system: You are a helpful assistant.
user:
Analyze the provided spectrum to determine if it is a **S-type Star**.

- **Key Indicators for S-type Star:**

    - **(Overall Spectrum Shape):** The first and most obvious characteristic is the overall continuum (the "baseline" shape). It is **extremely "red-sloping,"** meaning the flux (light intensity) is very low on the left side (blue, ~4000-4500 Å) and rises steeply and continuously toward the right side (red, ~7000 Å+).

    - **(Primary):** The spectrum is defined by the presence of strong, broad molecular absorption "valleys" (bands) from **Zirconium Oxide (ZrO)**. The identification of these bands is the **primary requirement** for classifying a star as S-type.
        - **(Key Bandheads):** You must find distinct, deep "dips" where the light has been absorbed. The most critical band systems to locate are:
            - **~6474 Å** ($\gamma$-system): This is often the strongest and clearest ZrO feature, found in the red part of the spectrum.
            - **~5718 Å** & **~5551 Å** ($\beta$-system): A pair of prominent absorption features in the yellow-orange part of the spectrum.
            - **~4640 Å** ($\alpha$-system): A key absorption band system in the blue-green region of the spectrum.

    - **(Secondary Confirmation):** The classification is strengthened by finding additional absorption bands from other related heavy element oxides, which are expected to be present alongside ZrO.
        - **(Key Bandheads):**
            - **Yttrium Oxide (YO):** Look for absorption dips near **~4800 Å** and **~6100 Å**.
            - **Lanthanum Oxide (LaO):** Additional absorption features, particularly in the red-orange part of the spectrum, are also characteristic.

    - **(Line Profile):** The combination of the steep red continuum and these numerous, deep molecular bands (ZrO, YO, etc.) gives the entire spectrum a very **"chopped-up"** or **"bumpy"** appearance. Instead of a smooth curve, the spectrum looks as though large, wide chunks of light have been "carved out" of it at the specific wavelengths listed above.

Think first, call **spectral_visualization_tool** if needed to examine features in detail, then provide your final answer. Your response must adhere to the following strict rules:
1.  **Overall Structure:** Your response must follow the format `<think>...</think> <tool_call>...</tool_call> (if a tool is used) <answer>...</answer>`.
2.  **Tool Usage Constraint:** You may only make **one** tool call per turn.
3.  **Final Answer Format:** In the `<answer>` tag, your conclusion must be inside a `\boxed{}` command (e.g., `\boxed{YES}` or `\boxed{NO}`), followed by your justification.

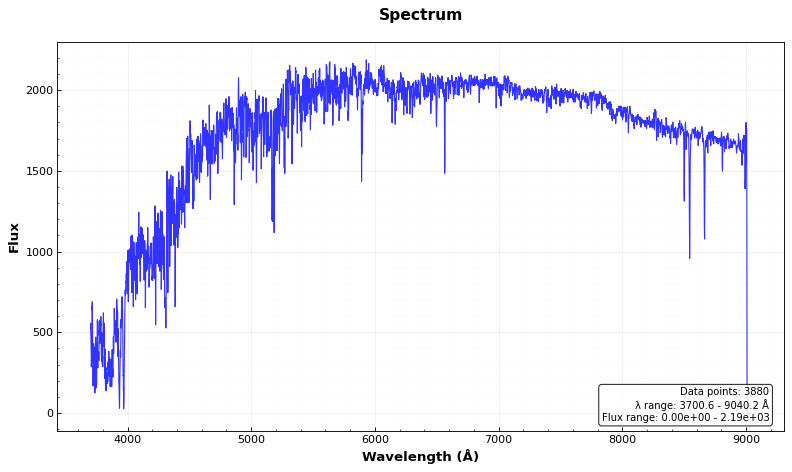
Answer: NO